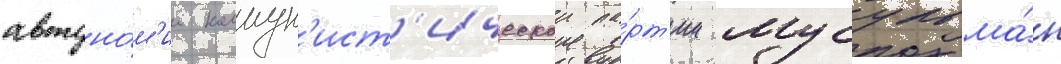
автоно́м'ии коммун'ист'ическои па́рт'ии мусульма́н